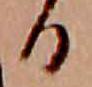
る